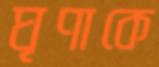
ঘৃণাকে